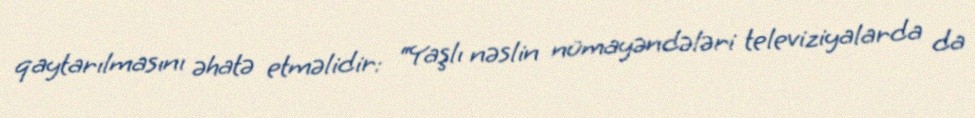
qaytarılmasını əhatə etməlidir: “Yaşlı nəslin nümayəndələri televiziyalarda da